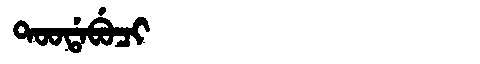
Manchu: ᡨᠣᠣᡩᠠᠪᡠᠴᡳ
Romanization: TOODABUCI